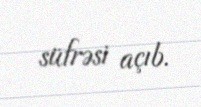
süfrəsi açıb.